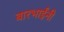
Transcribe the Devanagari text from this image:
बारभाईंनी